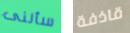
سألنى قاذفة